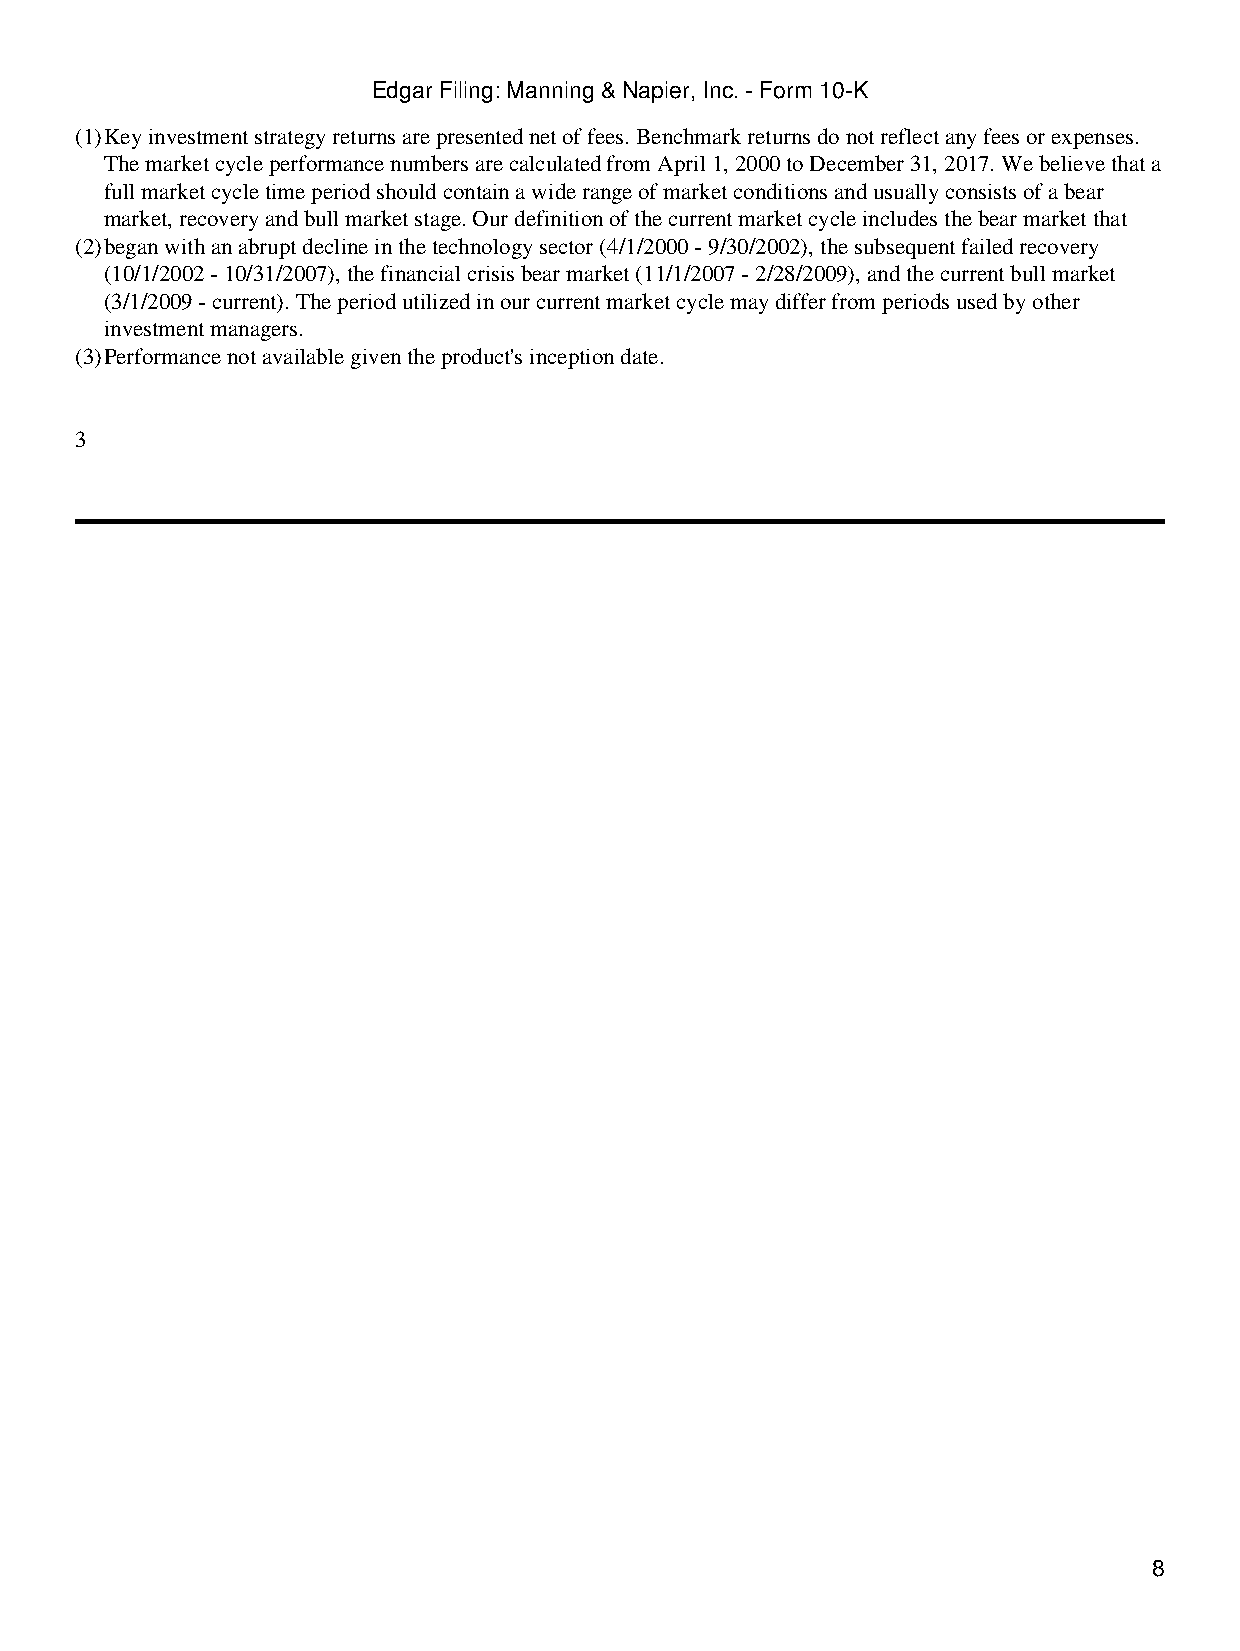
Edgar Filing: Manning & Napier, Inc. - Form 10-K
 (1)Key investment strategy returns are presented net of fees. Benchmark returns do not reflect any fees or expenses.
 The market cycle performance numbers are calculated from April 1, 2000 to December 31, 2017. We believe that a
 full market cycle time period should contain a wide range of market conditions and usually consists of a bear
 market, recovery and bull market stage. Our definition of the current market cycle includes the bear market that
 (2)began with an abrupt decline in the technology sector (4/1/2000 - 9/30/2002), the subsequent failed recovery
 (10/1/2002 - 10/31/2007), the financial crisis bear market (11/1/2007 - 2/28/2009), and the current bull market
 (3/1/2009 - current). The period utilized in our current market cycle may differ from periods used by other
 investment managers.
 (3)Performance not available given the product's inception date.
 3
 8